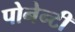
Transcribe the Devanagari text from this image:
पोनेन्टी